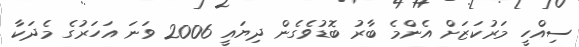
ސިއްހީ މަރުކަޒަށް އެންމެ ބާރު ބޮޑުވެގެން ދިޔައީ 2006 ވަނަ އަހަރުގެ މެދަކާ